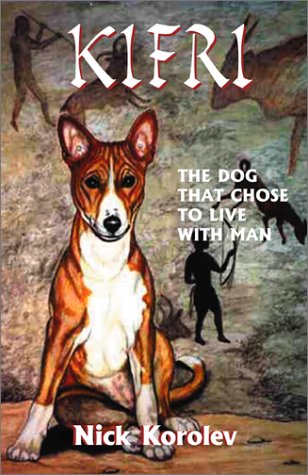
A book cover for Kifri; Nick Korolev; Teen & Young Adult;